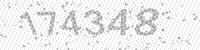
Solution: 174348